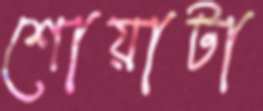
শোয়াটা